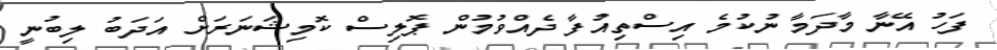
ފަހު އޭނާ މާދަމާ ނުކުމެ އިސްތިއުފާ ދެއްވުމުން ޕޮލިސް ކޮމިޝަނަރަށް އަދަބު ލިބުނީ